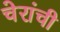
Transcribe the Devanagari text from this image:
चेरांची